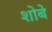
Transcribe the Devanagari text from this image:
शोबे